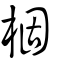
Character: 棝